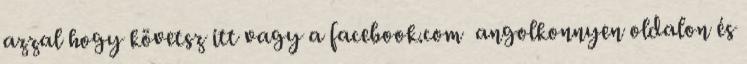
azzal hogy követsz itt vagy a facebook.com angolkonnyen oldalon és